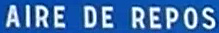
AIRE DE REPOS